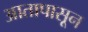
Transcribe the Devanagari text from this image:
आतापासून